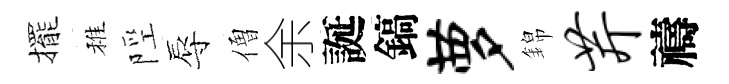
擺稚陘辱僧余誕鎬萝錦芹禱